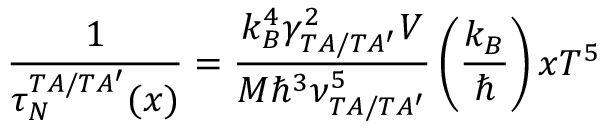
\frac { 1 } { \tau _ { N } ^ { T A / T A ^ { \prime } } ( x ) } = \frac { k _ { B } ^ { 4 } \gamma _ { T A / T A ^ { \prime } } ^ { 2 } V } { M \hbar ^ { 3 } \nu _ { T A / T A ^ { \prime } } ^ { 5 } } \left( \frac { k _ { B } } { \hbar } \right) x T ^ { 5 }